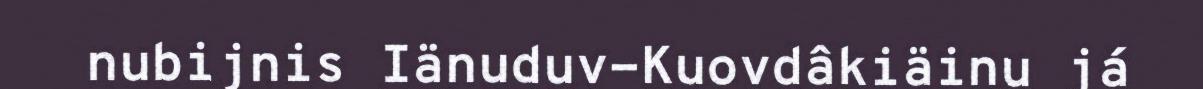
nubijnis Iänuduv-Kuovdâkiäinu já